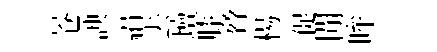
苍諛絹去壇膝脅楊促閒眸